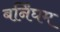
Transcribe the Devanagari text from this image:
बर्निंघम